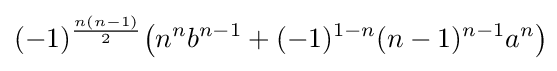
(-1)^{\frac {n(n-1)}{2}}\!\left(n^{n}b^{n-1}+(-1)^{1-n}(n-1)^{n-1}a^{n}\right)\!